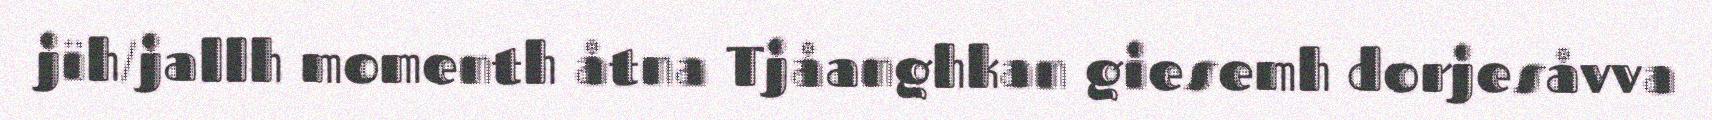
jïh/jallh momenth åtna Tjåanghkan giesemh dorjesåvva